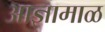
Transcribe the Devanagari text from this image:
आज्ञामाळ